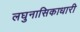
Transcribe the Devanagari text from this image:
लघुनासिकाधारी